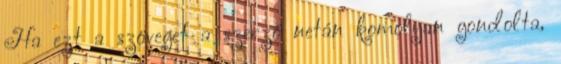
Ha ezt a szöveget a szerző netán komolyan gondolta,